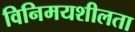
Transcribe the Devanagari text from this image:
विनिमयशीलता